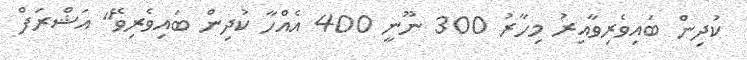
ކުދިން ބައިވެރިވާއިރު މިހާރު 300 ނޫނީ 400 އެއްހާ ކުދިން ބައިވެރިވޭ" އަޝްރަފް